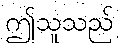
ဤသူသည်